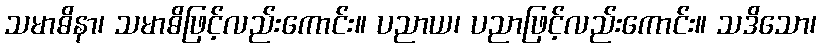
သမာဓိနာ၊ သမာဓိဖြင့်လည်းကောင်း။ ပညာယ၊ ပညာဖြင့်လည်းကောင်း။ သဒိသော၊